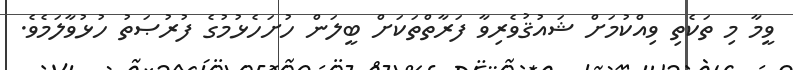
ވީމާ މި ތަކެތި ވިއްކުމަށް ޝައުޤުވެރިވާ ފަރާތްތަކަށް ބީލަން ހުށަހެޅުމުގެ ފުރުޞަތު ހުޅުވާލަމެވެ.